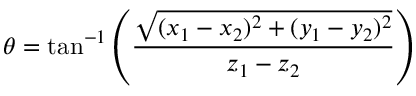
\theta = \tan ^ { - 1 } \left( { \frac { \sqrt { ( x _ { 1 } - x _ { 2 } ) ^ { 2 } + ( y _ { 1 } - y _ { 2 } ) ^ { 2 } } } { z _ { 1 } - z _ { 2 } } } \right)